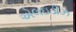
એલઇડીઝ